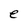
Character: e